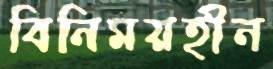
বিনিময়হীন